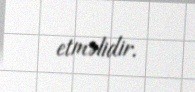
etməlidir.